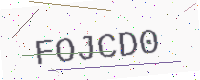
Text: FOJCD0